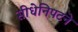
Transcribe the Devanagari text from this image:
सीधेनिपटने